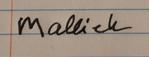
Signature authenticity: forged